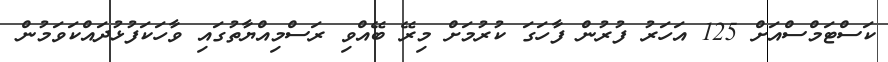
ކަސްޓަމްސްއަށް 125 އަހަރު ފުރުން ފާހަގަ ކުރުމަށް މިރޭ ބޭއްވި ރަސްމިއްޔާތުގައި ވާހަކަފުޅުދައްކަވަމުން